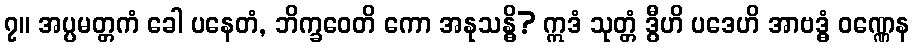
၇။ အပ္ပမတ္တကံ ခေါ ပနေတံ, ဘိက္ခဝေတိ ကော အနုသန္ဓိ? ဣဒံ သုတ္တံ ဒွီဟိ ပဒေဟိ အာဗဒ္ဓံ ဝဏ္ဏေန